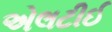
એલટીઈ